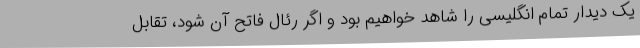
یک دیدار تمام انگلیسی را شاهد خواهیم بود و اگر رئال فاتح آن شود، تقابل